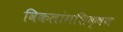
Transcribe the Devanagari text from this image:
विकलांगशिक्षण